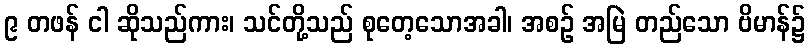
၉ တဖန် ငါ ဆိုသည်ကား၊ သင်တို့သည် စုတေ့သောအခါ၊ အစဉ် အမြဲ တည်သော ဗိမာန်၌